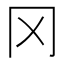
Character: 冈